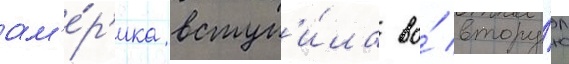
ам'е́р'ика вступ'и́ла во́ втору́ю